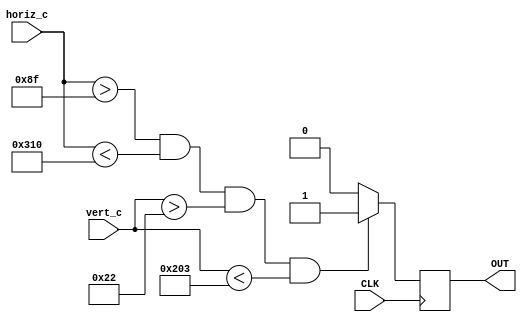
//Return a boolean value, OUT, if we're currently in addressable video time according to the value of horiz_c and vert_c
module check_display(OUT, horiz_c, vert_c, CLK);

output reg OUT;
input [9:0] horiz_c, vert_c;
input CLK;

initial begin
	OUT <= 0;
end

//Check that haddr is between 143 and 784, and that v is between 34 and 515 (displayable time)
always @(posedge CLK)
begin
	if ((horiz_c > 143) && (horiz_c < 784) && (vert_c > 34) && (vert_c < 515)) //143, 784, 34, 515
		OUT <= 1;
	else
		OUT <= 0;
end

endmodule